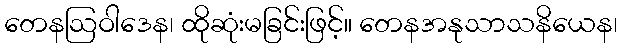
တေနဩဝါဒေန၊ ထိုဆုံးမခြင်းဖြင့်။ တေနအနုသာသနိယေန၊